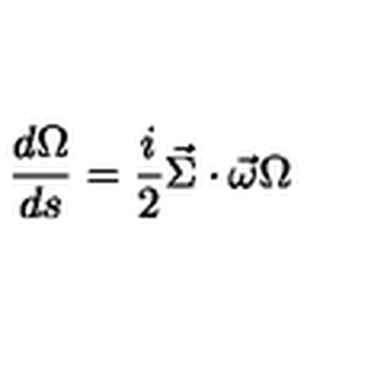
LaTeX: \frac { d \Omega } { d s } = \frac { i } { 2 } \vec { \Sigma } \cdot \vec { \omega } \Omega